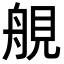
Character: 䚀